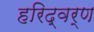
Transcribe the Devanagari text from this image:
हरिद्वर्ण